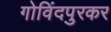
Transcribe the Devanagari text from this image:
गोविंदपुरकर